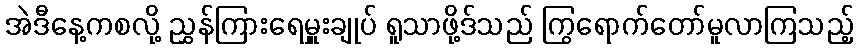
အဲဒီနေ့ကစလို့ ညွှန်ကြားရေမှူးချုပ် ရူသာဖို့ဒ်သည် ကြွရောက်တော်မူလာကြသည့်